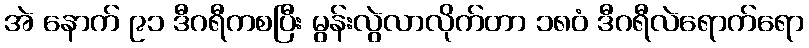
အဲ နောက် ၉၁ ဒီဂရီကစပြီး မွန်းလွဲလာလိုက်တာ ၁၈၀ံ ဒီဂရီလဲရောက်ရော